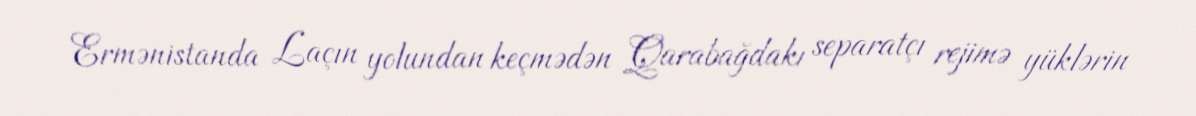
Ermənistanda Laçın yolundan keçmədən Qarabağdakı separatçı rejimə yüklərin